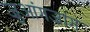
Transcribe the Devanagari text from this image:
ज़ुआंगज़ांग